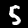
Label: 5